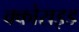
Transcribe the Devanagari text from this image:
क्कोराइड